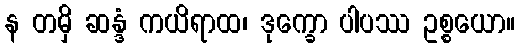
န တမှိ ဆန္ဒံ ကယိရာထ၊ ဒုက္ခော ပါပဿ ဥစ္စယော။